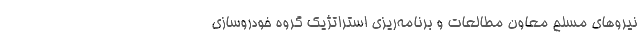
نيروهاي مسلح معاون مطالعات و برنامه‌ريزي استراتژيك گروه خودروسازي